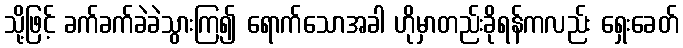
သို့ဖြင့် ခက်ခက်ခဲခဲသွားကြ၍ ရောက်သောအခါ ဟိုမှာတည်းခိုရန်ကလည်း ရှေးခေတ်